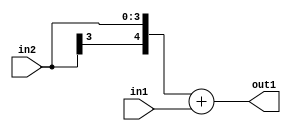
`timescale 1ps / 1ps
/*****************************************************************************
    Verilog RTL Description
    
    
    Created by: Stratus DpOpt 2019.1.01 
*******************************************************************************/

module DC_Filter_Add_4Sx2U_5S_1 (
	in2,
	in1,
	out1
	); /* architecture "behavioural" */ 
input [3:0] in2;
input [1:0] in1;
output [4:0] out1;
wire [4:0] asc001;

assign asc001 = 
	+({in2[3], in2})
	+(in1);

assign out1 = asc001;
endmodule

/* CADENCE  ubDzSQw= : u9/ySgnWtBlWxVPRXgAZ4Og= ** DO NOT EDIT THIS LINE ******/